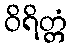
ဝိရိတ္တံ